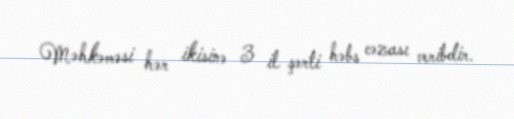
Məhkəməsi hər ikisinə 3 il şərti həbs cəzası veribdir.